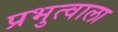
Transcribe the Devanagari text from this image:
प्रभुत्वाला